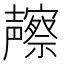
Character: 𱘢